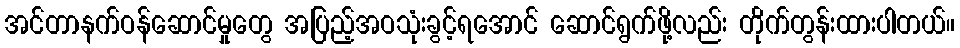
အင်တာနက်ဝန်ဆောင်မှုတွေ အပြည့်အဝသုံးခွင့်ရအောင် ဆောင်ရွက်ဖို့လည်း တိုက်တွန်းထားပါတယ်။